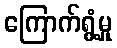
ကြောက်ရွံ့မှု